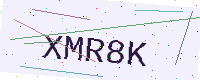
Text: XMR8K